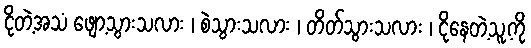
ငိုတဲ့အသံ ဖျော့သွားသလား ၊ စဲသွားသလား ၊ တိတ်သွားသလား ၊ ငိုနေတဲ့သူ့ကို